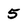
Character: 5